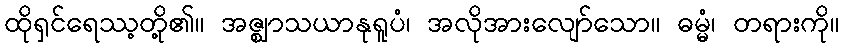
ထိုရှင်ရေဿ့တို့၏။ အဇ္ဈာသယာနုရူပံ၊ အလိုအားလျော်သော။ ဓမ္မံ၊ တရားကို။